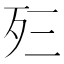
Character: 𰙼